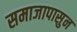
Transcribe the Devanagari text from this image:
समाजापासुन